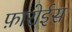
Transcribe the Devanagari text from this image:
फ़ारोईस